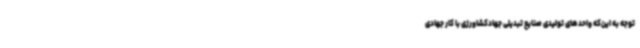
توجه به این‌که واحدهای تولیدی صنایع تبدیلی جهادکشاورزی با کار جهادی